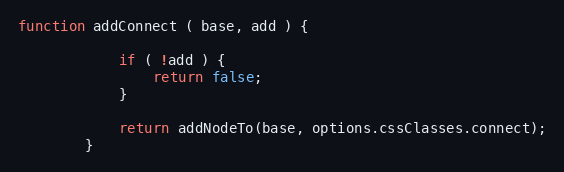
Language: JavaScript
function addConnect ( base, add ) {

            if ( !add ) {
                return false;
            }

            return addNodeTo(base, options.cssClasses.connect);
        }